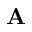
\mathbf { A }